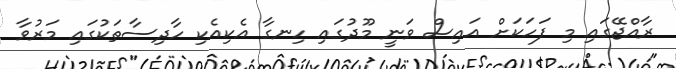
ރާއްޖޭގައި މި ފަހަކަށް އައިސް ވަނީ މޫދުގައި ހިނގާ އެކިއެކި ހާދިސާތަކުގައި މަރުވާ